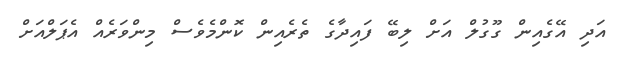
އަދި އޭގެއިން ގޫގުލް އަށް ލިބޭ ފައިދާގެ ތެރެއިން ކޮންމެވެސް މިންވަރެއް އެޕަލްއަށް